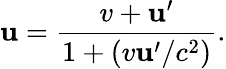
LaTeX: \mathbf{u}={\frac{{v+\mathbf{u}^{\prime}}}{{1+(v\mathbf{u}^{\prime}/c^{2})}}}.